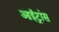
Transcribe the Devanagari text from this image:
आईट्रांस